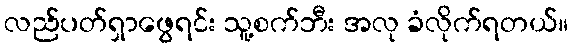
လည်ပတ်ရှာဖွေရင်း သူ့စက်ဘီး အလု ခံလိုက်ရတယ်။